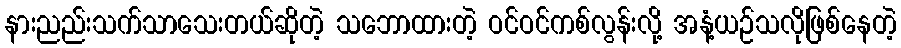
နားညည်းသက်သာသေးတယ်ဆိုတဲ့ သဘောထားတဲ့ ဝင်ဝင်ကစ်လွန်းလို့ အနံ့ယဉ်သလိုဖြစ်နေတဲ့